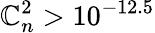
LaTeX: \mathbb{C}_{n}^{2}>10^{-12.5}